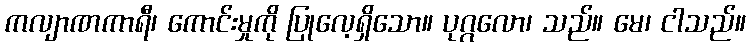
ကလျာဏကာရီ၊ ကောင်းမှုကို ပြုလေ့ရှိသော။ ပုဂ္ဂလော၊ သည်။ မေ၊ ငါသည်။